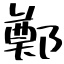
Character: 鄭